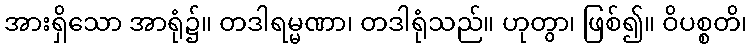
အားရှိသော အာရုံ၌။ တဒါရမ္မဏာ၊ တဒါရုံသည်။ ဟုတွာ၊ ဖြစ်၍။ ဝိပစ္စတိ၊